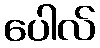
ပေါလ်